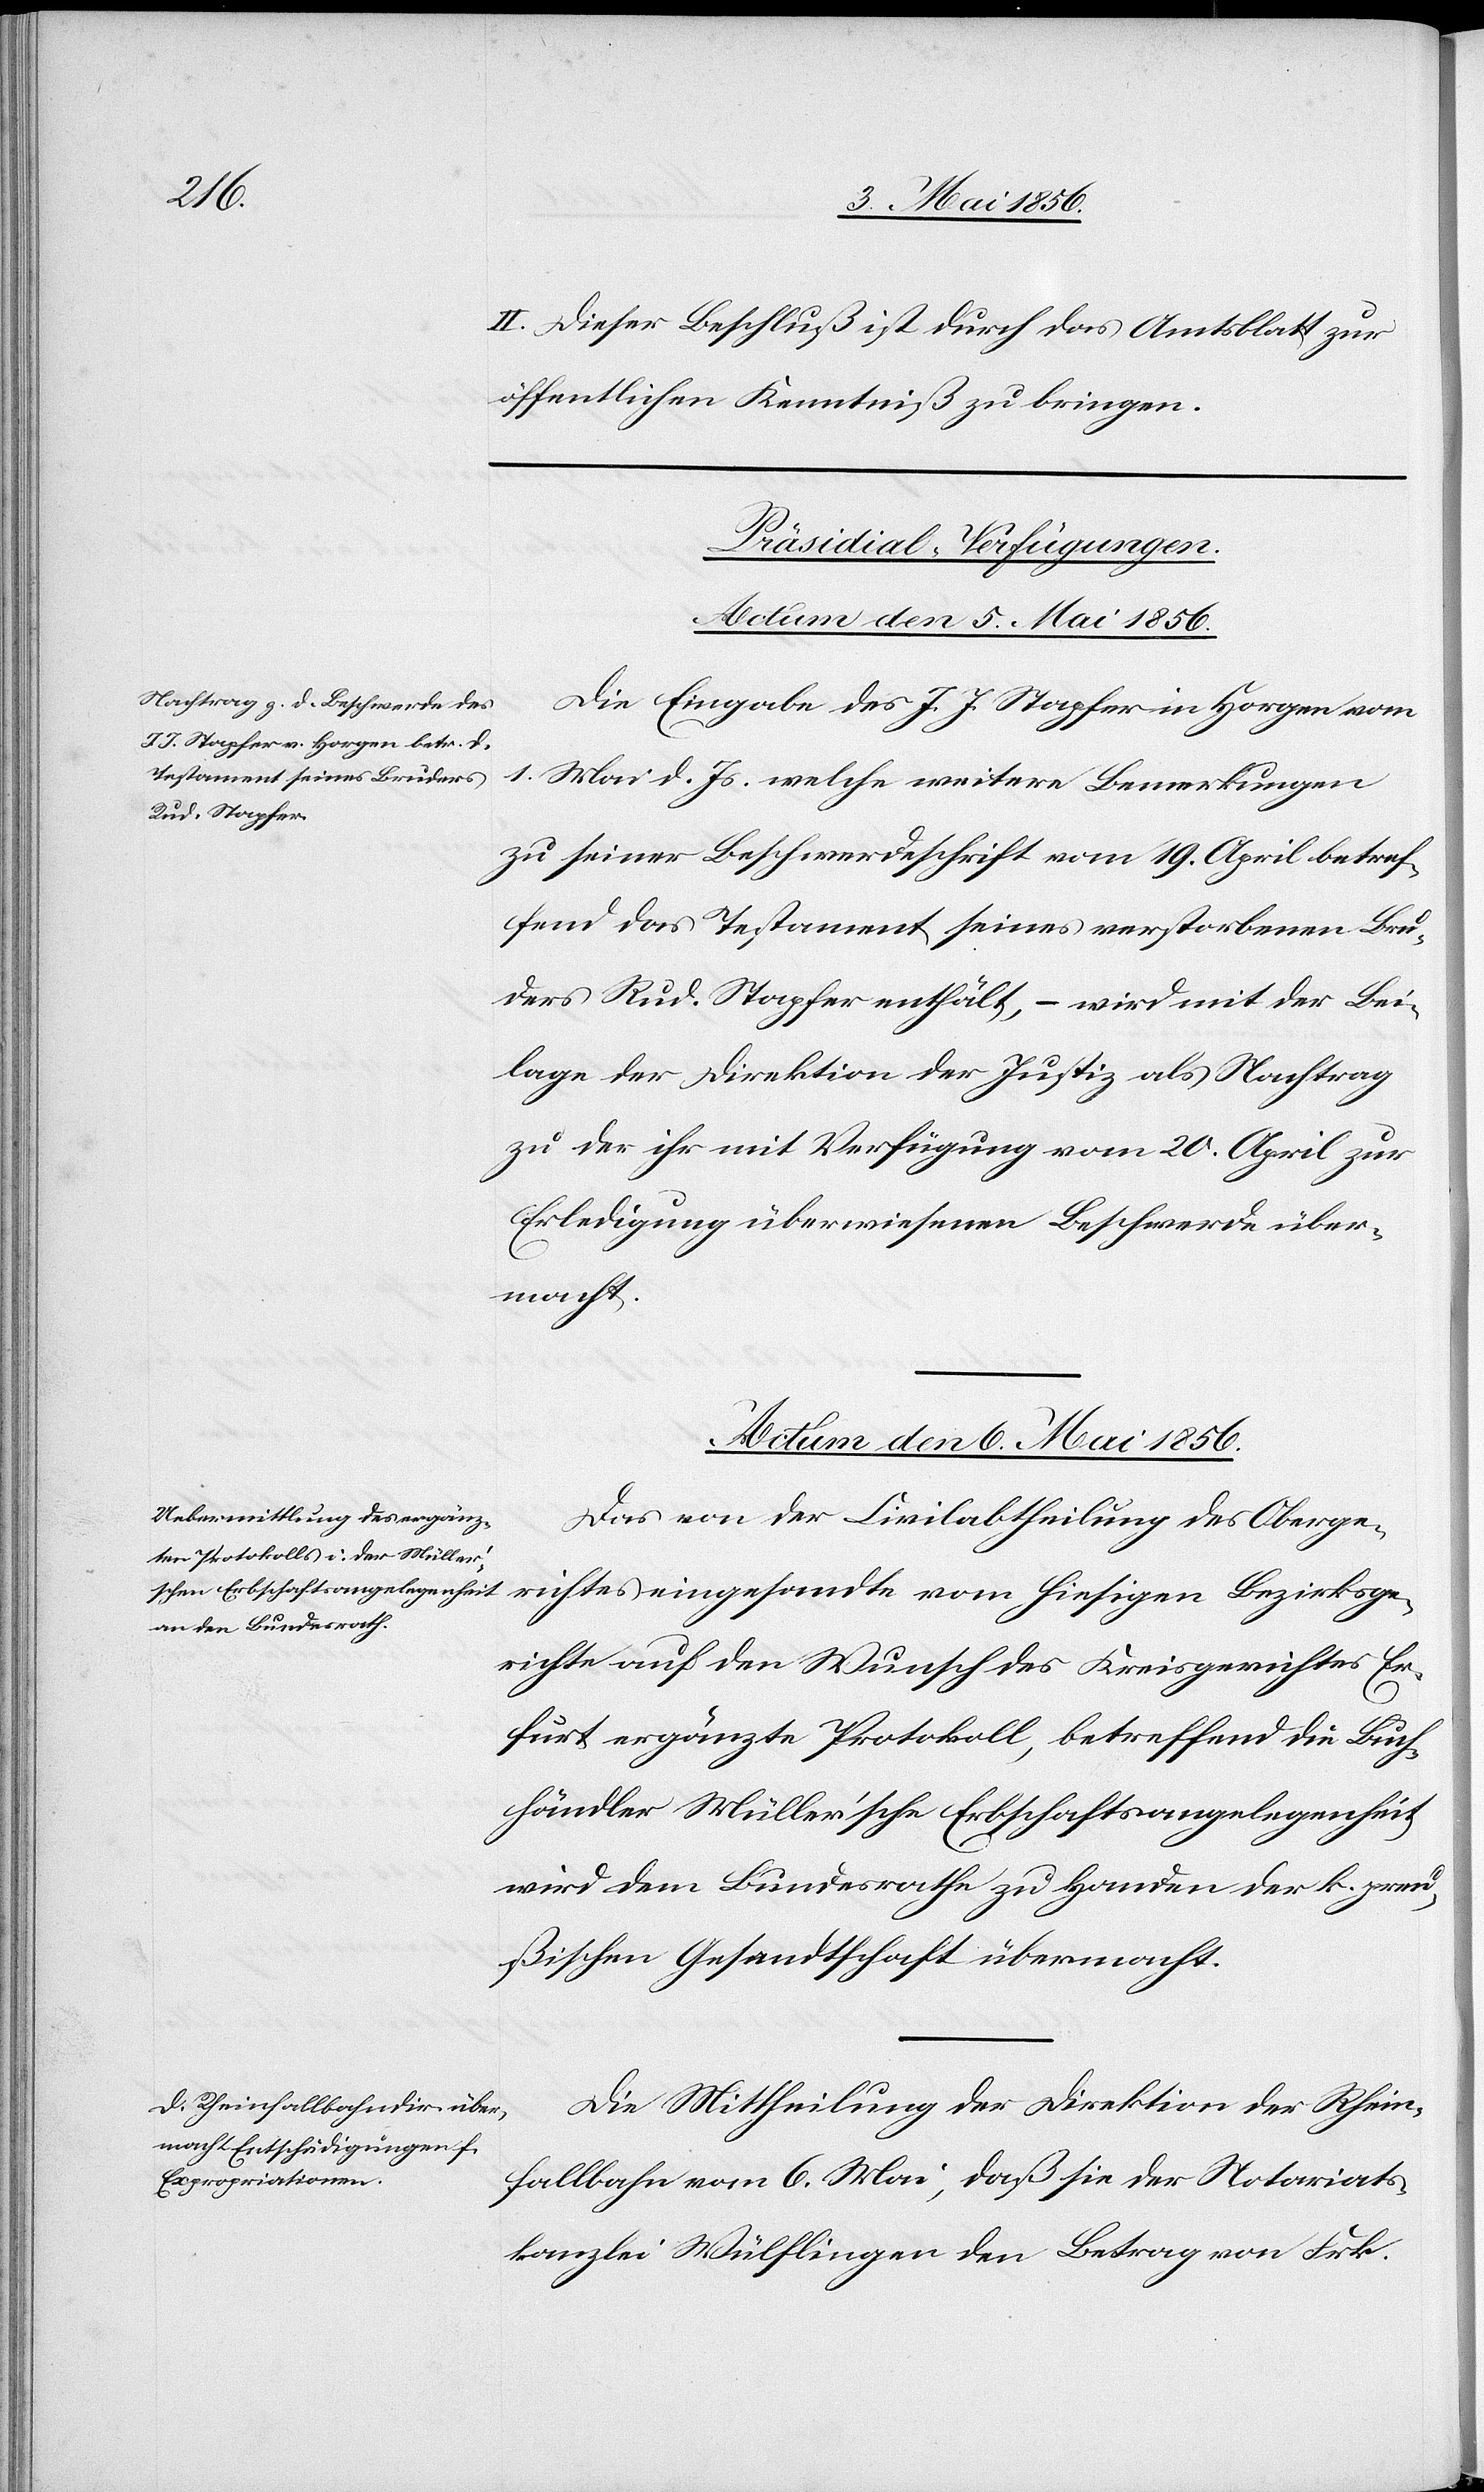
Bezirksg¬
II. Dieser Beschluß ist durch das Amtsblatt zur
öffentlichen Kenntniß zu bringen.
[Präsidial-Verfügungen.
Actum den 5. Mai 1856.
Die Eingabe des J. J. Stapfer in Horgen vom
1. Mai d. Js. welche weitere Bemerkungen
zu seiner Beschwerdeschrift vom 19. April betref¬
fend das Testament seines verstorbenen Bru¬
ders Rud. Stapfer enthält, – wird mit der Bei¬
lage der Direktion der Justiz als Nachtrag
zu der ihr mit Verfügung vom 20. April zur
Erledigung überwiesenen Beschwerde über¬
richtes
Actum den 6. Mai 1856.]
Das von der Civilabtheilung des Oberge¬
erichte auf den Wunsch des Kreisgerichtes Er¬
furt ergänzte Protokoll, betreffend die Buch¬
händler Müller’sche Erbschaftsangelegenheit,
wird dem Bundesrathe zu Handen der k. preu¬
ßischen Gesandtschaft übermacht.
Die Mittheilung der Direktion der Rhein¬
fallbahn vom 6. Mai, daß sie der Notariats¬
kanzlei Wülflingen den Betrag von Frk.